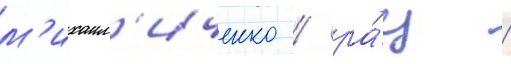
м'ихаил'иченко / ра́ц /